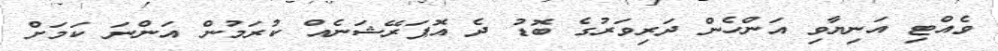
ވެއްޓި އަނިޔާވި އަންހެން ދަރިވަރުގެ ބޮޑު ދެ އޮޕަރޭޝަނެއް ކުރަމުން އަންނަ ކަމަށް